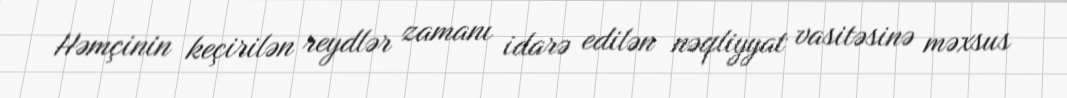
Həmçinin keçirilən reydlər zamanı idarə edilən nəqliyyat vasitəsinə məxsus